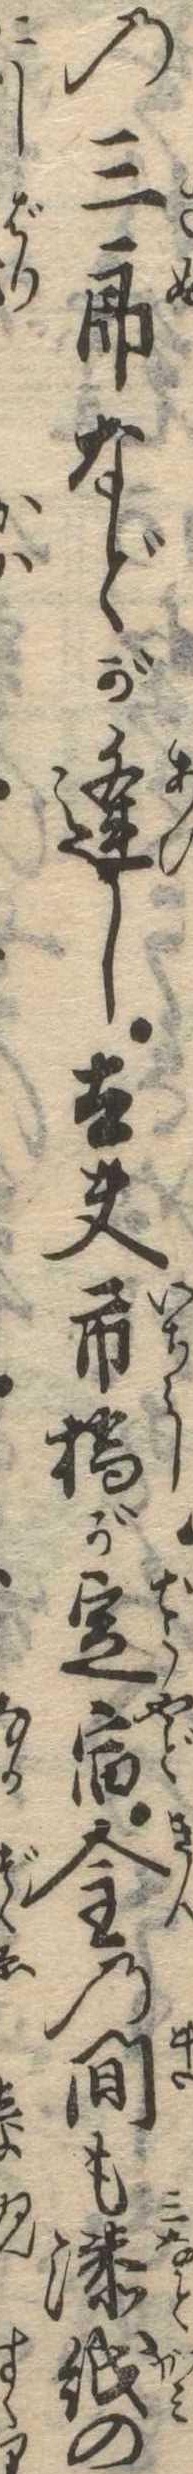
の三郎などが逢し太夫市橋が定宿金の間も湊紙の